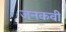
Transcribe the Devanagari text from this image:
जनकवी